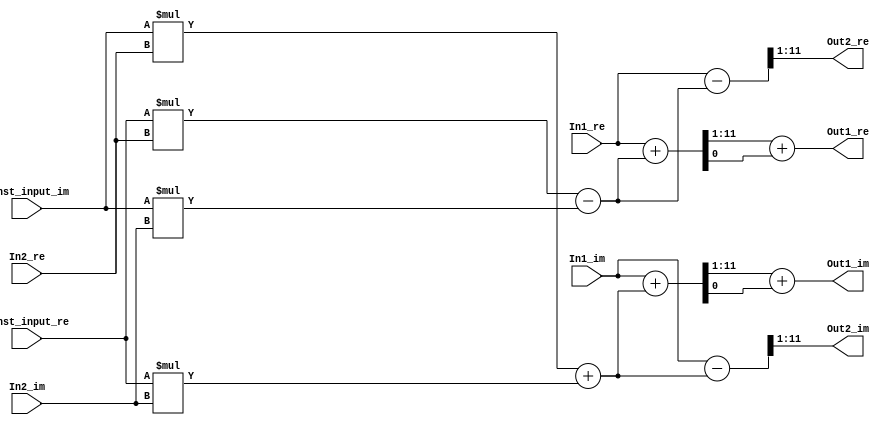
// -------------------------------------------------------------
// 
// 
// Generated by MATLAB 9.4 and HDL Coder 3.12
// 
// -------------------------------------------------------------


// -------------------------------------------------------------
// 
// Module: ThirdStageB_51
// Source Path: FFTscheme2/FFTv2/Butterflies/128 input 3 step /ThirdStageB 51
// Hierarchy Level: 3
// 
// -------------------------------------------------------------

`timescale 1 ns / 1 ns

module ThirdStageB_51
          (In1_re,
           In1_im,
           In2_re,
           In2_im,
           Const_input_re,
           Const_input_im,
           Out1_re,
           Out1_im,
           Out2_re,
           Out2_im);


  input   signed [10:0] In1_re;  // sfix11_En4
  input   signed [10:0] In1_im;  // sfix11_En4
  input   signed [10:0] In2_re;  // sfix11_En4
  input   signed [10:0] In2_im;  // sfix11_En4
  input   signed [1:0] Const_input_re;  // sfix2
  input   signed [1:0] Const_input_im;  // sfix2
  output  signed [10:0] Out1_re;  // sfix11_En3
  output  signed [10:0] Out1_im;  // sfix11_En3
  output  signed [10:0] Out2_re;  // sfix11_En3
  output  signed [10:0] Out2_im;  // sfix11_En3


  wire signed [12:0] Product_mul_temp;  // sfix13_En4
  wire signed [10:0] Product_sub_cast;  // sfix11_En4
  wire signed [12:0] Product_mul_temp_1;  // sfix13_En4
  wire signed [10:0] Product_sub_cast_1;  // sfix11_En4
  wire signed [12:0] Product_mul_temp_2;  // sfix13_En4
  wire signed [10:0] Product_add_cast;  // sfix11_En4
  wire signed [12:0] Product_mul_temp_3;  // sfix13_En4
  wire signed [10:0] Product_add_cast_1;  // sfix11_En4
  wire signed [10:0] Product_out1_re;  // sfix11_En4
  wire signed [10:0] Product_out1_im;  // sfix11_En4
  wire signed [11:0] Sum_add_cast;  // sfix12_En4
  wire signed [11:0] Sum_add_cast_1;  // sfix12_En4
  wire signed [11:0] Sum_add_temp;  // sfix12_En4
  wire signed [11:0] Sum_add_cast_2;  // sfix12_En4
  wire signed [11:0] Sum_add_cast_3;  // sfix12_En4
  wire signed [11:0] Sum_add_temp_1;  // sfix12_En4
  wire signed [10:0] Sum_out1_re;  // sfix11_En3
  wire signed [10:0] Sum_out1_im;  // sfix11_En3
  wire signed [11:0] Sum1_sub_cast;  // sfix12_En4
  wire signed [11:0] Sum1_sub_cast_1;  // sfix12_En4
  wire signed [11:0] Sum1_sub_temp;  // sfix12_En4
  wire signed [11:0] Sum1_sub_cast_2;  // sfix12_En4
  wire signed [11:0] Sum1_sub_cast_3;  // sfix12_En4
  wire signed [11:0] Sum1_sub_temp_1;  // sfix12_En4
  wire signed [10:0] Sum1_out1_re;  // sfix11_En3
  wire signed [10:0] Sum1_out1_im;  // sfix11_En3


  assign Product_mul_temp = Const_input_re * In2_re;
  assign Product_sub_cast = Product_mul_temp[10:0];
  assign Product_mul_temp_1 = Const_input_im * In2_im;
  assign Product_sub_cast_1 = Product_mul_temp_1[10:0];
  assign Product_out1_re = Product_sub_cast - Product_sub_cast_1;
  assign Product_mul_temp_2 = Const_input_im * In2_re;
  assign Product_add_cast = Product_mul_temp_2[10:0];
  assign Product_mul_temp_3 = Const_input_re * In2_im;
  assign Product_add_cast_1 = Product_mul_temp_3[10:0];
  assign Product_out1_im = Product_add_cast + Product_add_cast_1;



  assign Sum_add_cast = {In1_re[10], In1_re};
  assign Sum_add_cast_1 = {Product_out1_re[10], Product_out1_re};
  assign Sum_add_temp = Sum_add_cast + Sum_add_cast_1;
  assign Sum_out1_re = Sum_add_temp[11:1] + $signed({1'b0, Sum_add_temp[0]});
  assign Sum_add_cast_2 = {In1_im[10], In1_im};
  assign Sum_add_cast_3 = {Product_out1_im[10], Product_out1_im};
  assign Sum_add_temp_1 = Sum_add_cast_2 + Sum_add_cast_3;
  assign Sum_out1_im = Sum_add_temp_1[11:1] + $signed({1'b0, Sum_add_temp_1[0]});



  assign Out1_re = Sum_out1_re;

  assign Out1_im = Sum_out1_im;

  assign Sum1_sub_cast = {In1_re[10], In1_re};
  assign Sum1_sub_cast_1 = {Product_out1_re[10], Product_out1_re};
  assign Sum1_sub_temp = Sum1_sub_cast - Sum1_sub_cast_1;
  assign Sum1_out1_re = Sum1_sub_temp[11:1];
  assign Sum1_sub_cast_2 = {In1_im[10], In1_im};
  assign Sum1_sub_cast_3 = {Product_out1_im[10], Product_out1_im};
  assign Sum1_sub_temp_1 = Sum1_sub_cast_2 - Sum1_sub_cast_3;
  assign Sum1_out1_im = Sum1_sub_temp_1[11:1];



  assign Out2_re = Sum1_out1_re;

  assign Out2_im = Sum1_out1_im;

endmodule  // ThirdStageB_51